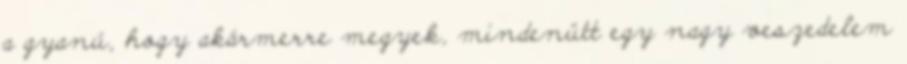
a gyanú, hogy akármerre megyek, mindenütt egy nagy veszedelem